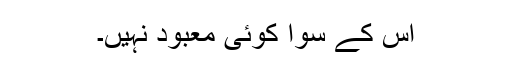
اس کے سوا کوئی معبود نہیں۔